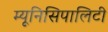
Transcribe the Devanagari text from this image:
म्यूनिसिपालिटी